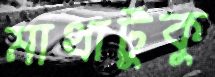
মাথাটুকু